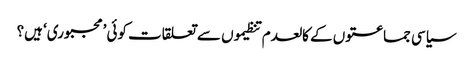
سیاسی جماعتوں کے کالعدم تنظیموں سے تعلقات کوئی ’مجبوری‘ ہیں؟